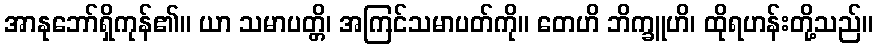
အာနုဘော်ရှိကုန်၏။ ယာ သမာပတ္တိ၊ အကြင်သမာပတ်ကို။ တေဟိ ဘိက္ခူဟိ၊ ထိုရဟန်းတို့သည်။